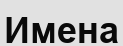
Имена